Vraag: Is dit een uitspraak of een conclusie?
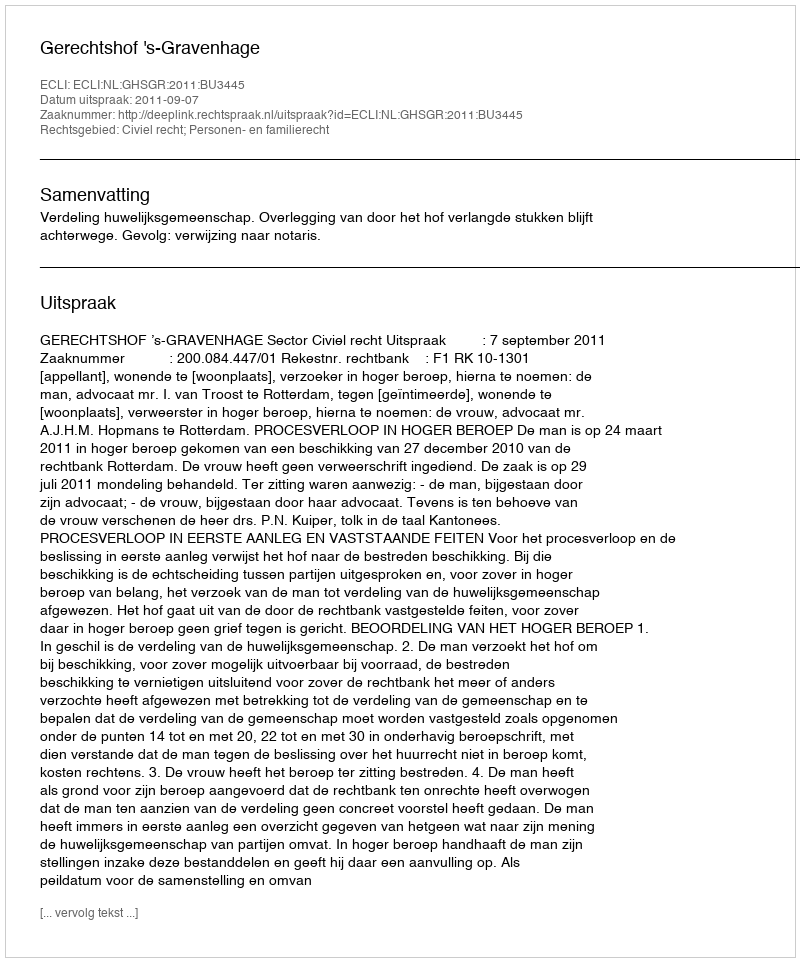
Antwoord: Uitspraak